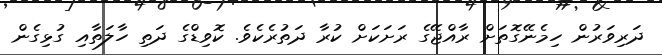
ދަރިވަރުން ހިމެނޭގޮތަށް ރާއްޖޭގެ ރަށަކަށް ކުރާ ދަތުރެކެވެ. ކޮވިޑްގެ ދަތި ހާލަތާއި ގުޅިގެން